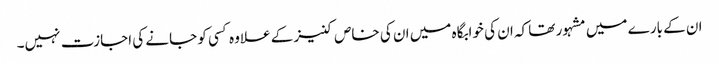
ان کے بارے میں مشہور تھا کہ ان کی خوابگاہ میں ان کی خاص کنیز کے علاوہ کسی کو جانے کی اجازت نہیں۔